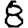
Digit: 8